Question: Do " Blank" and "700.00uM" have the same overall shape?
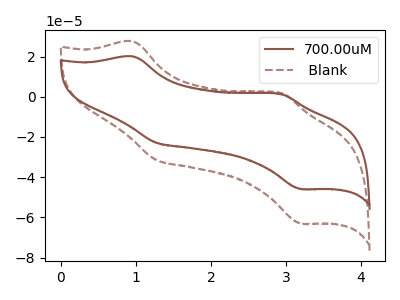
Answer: <think>The brown curve "700.00uM" has anodic peaks at (0.95V, 20.10uA) (2.90V, 1.45uA) and cathodic peaks at (1.25V, -22.80uA) (3.20V, -45.95uA). The brown dashed curve " Blank" has anodic peaks at (0.95V, 27.60uA) (2.90V, 2.00uA) and cathodic peaks at (1.25V, -31.35uA) (3.20V, -63.15uA).
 All the peaks in " Blank" have a peak in "700.00uM" at the same potential. Every peak in " Blank" is higher than every peak in "700.00uM".</think>
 <answer>" Blank" and "700.00uM" are similar in shape.</answer>
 <eval>same_shape</eval>